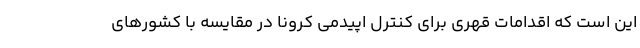
این است که اقدامات قهری برای کنترل اپیدمی کرونا در مقایسه با کشورهای